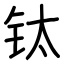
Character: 钛